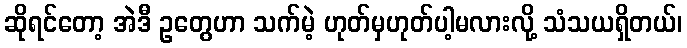
ဆိုရင်တော့ အဲဒီ ဥတွေဟာ သက်မဲ့ ဟုတ်မှဟုတ်ပါ့မလားလို့ သံသယရှိတယ်၊